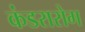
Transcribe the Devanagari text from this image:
कंडरारोग